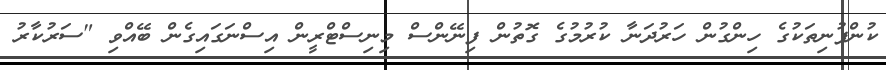
ކުންފުނިތަކުގެ ހިންގުން ހަރުދަނާ ކުރުމުގެ ގޮތުން ފިނޭންސް މިނިސްޓްރީން އިސްނަގައިގެން ބޭއްވި "ސަރުކާރު